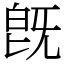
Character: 旣